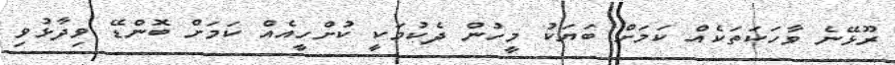
ރޫޅޭނެ ވާހަކަތަކެއް ކަމަށް ބަޔަކު މީހުން ދެކުމަކީ ކުށްހީއެއް ކަމަށް ބޮންޑޭ ވިދާޅުވި